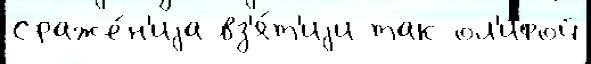
Сраже́н'иjа вз'я́т'иjи так ол'ифой